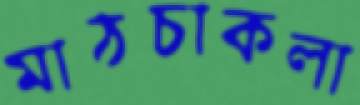
মাঠচাকলা